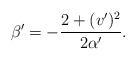
LaTeX: \begin{align*}\beta' = -\frac{2 + (v')^2}{2\alpha'}.\end{align*}